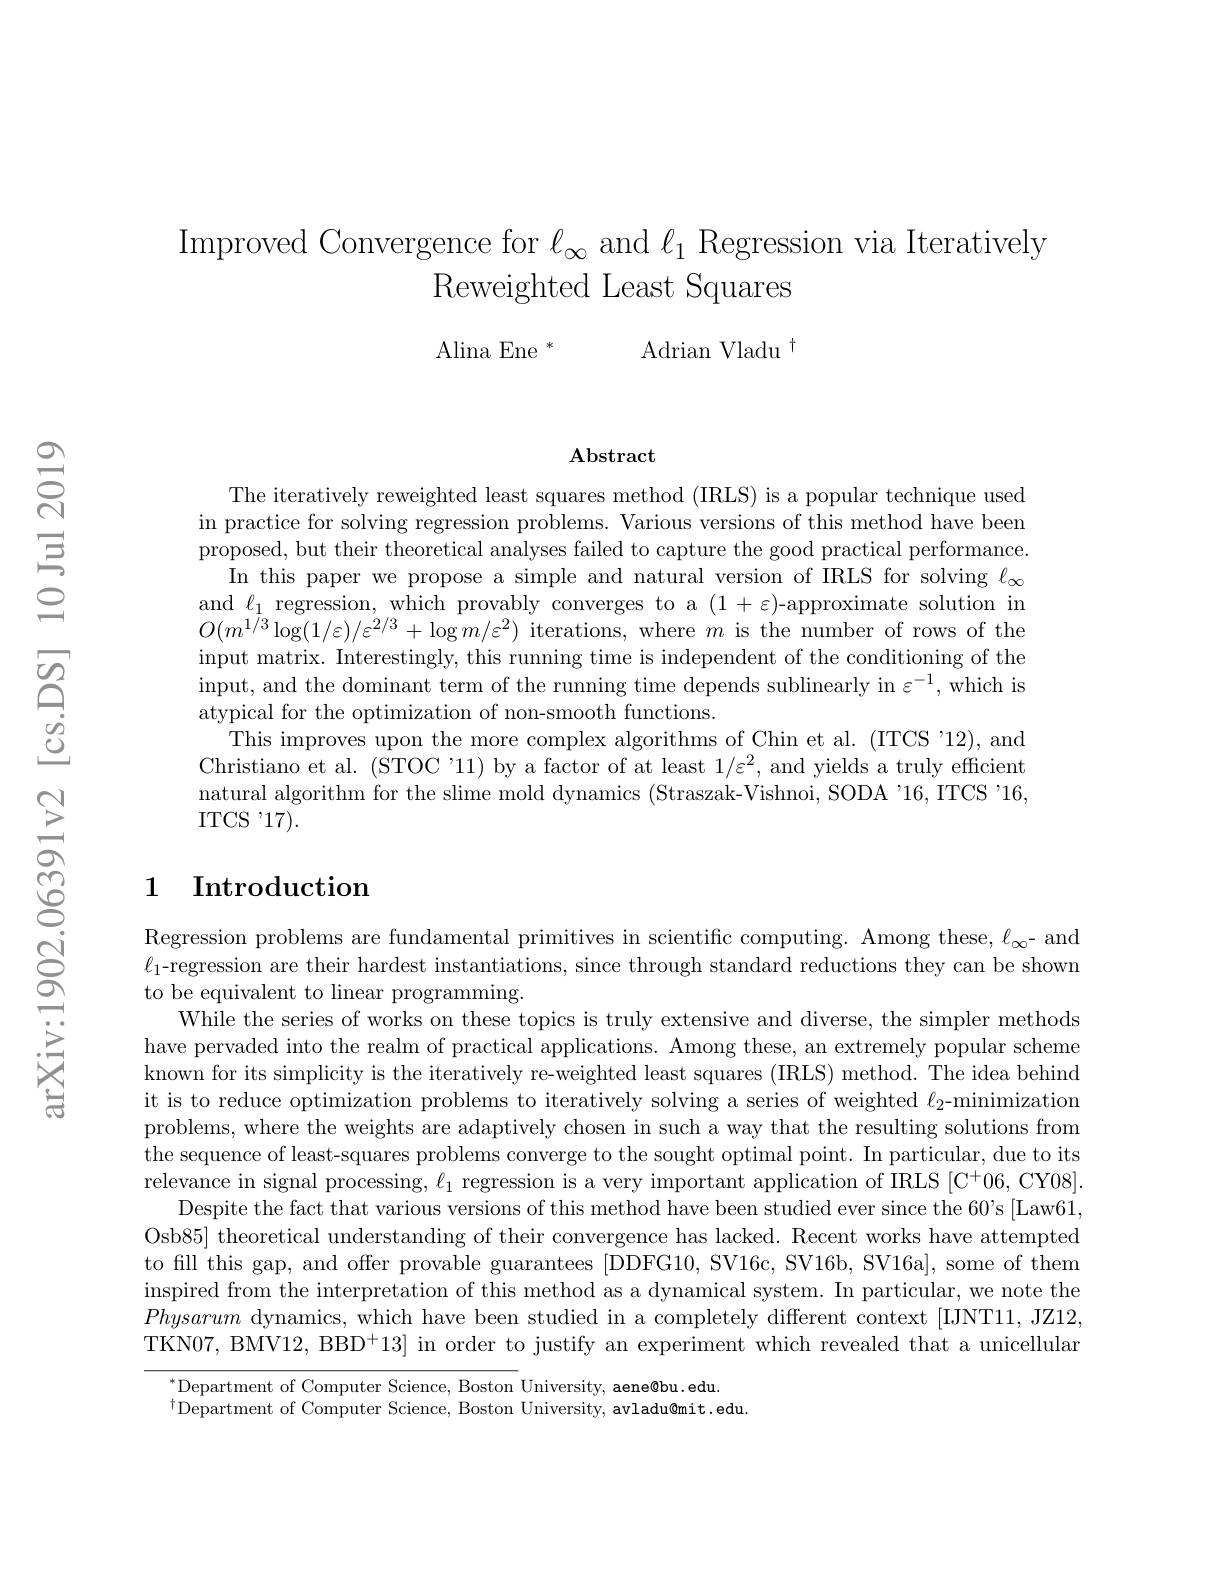
Improved Convergence for $\ell_{\infty}$ and $\ell_{1}$ Regression via Iteratively
Reweighted Least Squares Alina Ene $^*$ Adrian Vladu$^{\dagger}$

$\mathbf{Abstract}$

The iteratively reweighted least squares method (IRLS) is a popular technique used in practice for solving regression problems. Various versions of this method have been proposed, but their theoretical analyses failed to capture the good practical performance.
In this paper we propose a simple and natural version of IRLS for solving $\ell_\infty$ and $\ell_1$ regression, which provably converges to a $(1+\varepsilon)$-approximate solution in $O(m^{1/3}\log(1/\varepsilon)/\varepsilon^{2/3}+\log m/\varepsilon^{2})$ iterations, where $m$ is the number of rows of the input matrix. Interestingly, this running time is independent of the conditioning of the input, and the dominant term of the running time depends sublinearly in $\varepsilon^-1$,which is atypical for the optimization of non-smooth functions.
This improves upon the more complex algorithms of Chin et al. (ITCS '12), and Christiano et al. (STOC'11) by a factor of at least $1/\varepsilon^{2}$, and yields a truly efficient natural algorithm for the slime mold dynamics (Straszak-Vishnoi, SODA '16, ITCS '16, $\mathrm{ITCS~}^{\prime}17).$

## 1 Introduction

Regression problems are fundamental primitives in scientific computing. Among these, $\ell_\infty$- and $\ell_1$-regression are their hardest instantiations, since through standard reductions they can be shown to be equivalent to linear programming.
While the series of works on these topics is truly extensive and diverse, the simpler methods have pervaded into the realm of practical applications. Among these, an extremely popular scheme known for its simplicity is the iteratively re-weighted least squares (IRLS) method. The idea behind it is to reduce optimization problems to iteratively solving a series of weighted $\ell_2$-minimization problems, where the weights are adaptively chosen in such a way that the resulting solutions from the sequence of least-squares problems converge to the sought optimal point. In particular, due to its relevance in signal processing, $\ell_1$ regression is a very important application of IRLS [C+06, CY08].
Despite the fact that various versions of this method have been studied ever since the 60's [Law61, Osb85] theoretical understanding of their convergence has lacked. Recent works have attempted to fill this gap, and offer provable guarantees [DDFG10, SV16c, SV16b, SV16a], some of them inspired from the interpretation of this method as a dynamical system. In particular, we note the Physarum dynamics, which have been studied in a completely different context [IJNT11, JZ12, TKN07, BMV12, BBD$^+13]$ in order to justify an experiment which revealed that a unicellular

$^{*}$Department of Computer Science, Boston University, aene@bu.edu.
$^{\dagger}$Department of Computer Science, Boston University, avladu@mit.edu